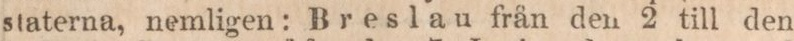
staterna, nemligen: Breslau från den 2 till den